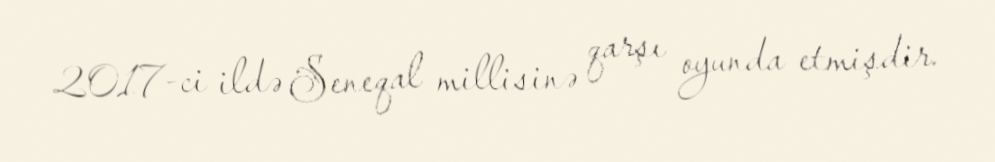
2017-ci ildə Seneqal millisinə qarşı oyunda etmişdir.